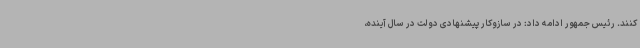
کنند. رئیس جمهور ادامه داد: در سازوکار پیشنهادی دولت در سال آینده،